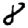
Digit: 8